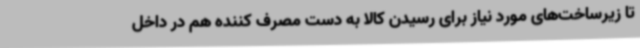
تا زیرساخت‌های مورد نیاز برای رسیدن کالا به دست مصرف کننده هم در داخل